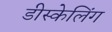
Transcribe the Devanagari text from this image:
डीस्केलिंग